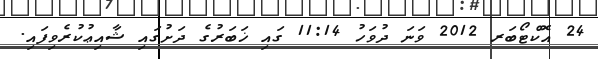
24 އޮކްޓޯބަރ 2012 ވަނަ ދުވަހު 11:14 ގައި ޚަބަރުގެ ދަށުގައި ޝާއިޢުކުރެވިފައި.